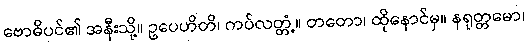
ဗောဓိပင်၏ အနီးသို့။ ဥပေဟိတိ၊ ကပ်လတ္တံ့။ တတော၊ ထိုနောင်မှ။ နရုတ္တမော၊